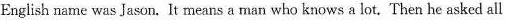
English name was Jason. It means a man who knows a lot. Then he asked all